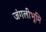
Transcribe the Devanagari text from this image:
जंगलीभूमि